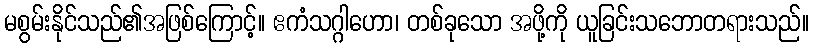
မစွမ်းနိုင်သည်၏အဖြစ်ကြောင့်။ ဧကံသဂ္ဂါဟော၊ တစ်ခုသော အဖို့ကို ယူခြင်းသဘောတရားသည်။